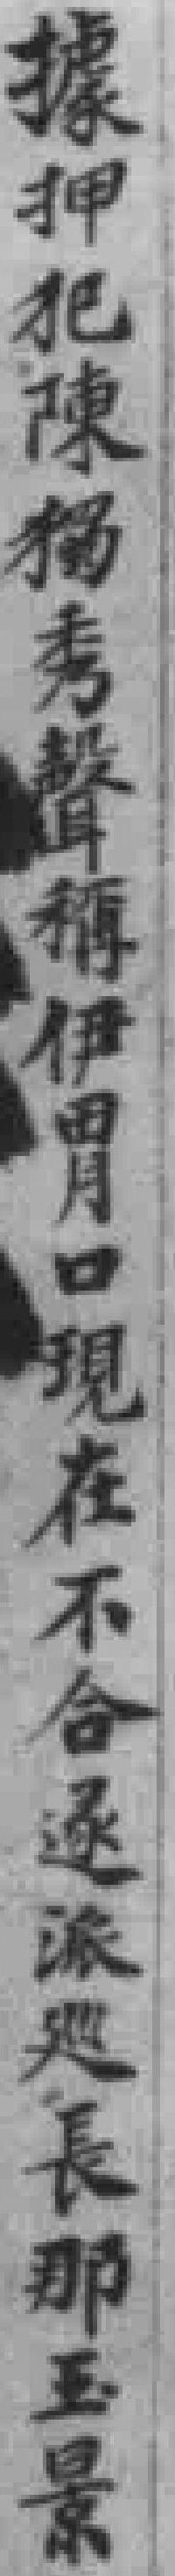
據押犯陳獨秀聲稱伊胃口現在不合逐派巡長那玉景